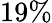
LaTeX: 19\%